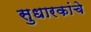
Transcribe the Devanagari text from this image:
सुधारकांचे